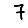
Digit: 7